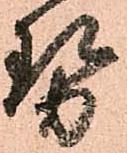
勢